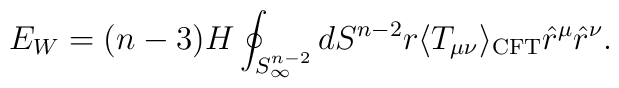
E_W=(n-3)H\oint_{S_\infty^{n-2}} dS^{n-2}r \langle T_{\mu\nu} \rangle_{\rm CFT}\hat r^\mu \hat r^\nu.